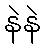
နဲနဲ